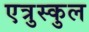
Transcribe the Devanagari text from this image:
एत्रुस्कुल